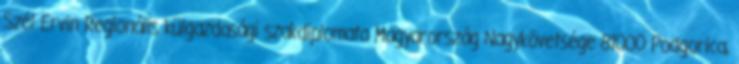
Szél Ervin Regionális külgazdasági szakdiplomata Magyarország Nagykövetsége 81000 Podgorica,